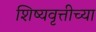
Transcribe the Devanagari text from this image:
शिष्यवृत्तीच्या